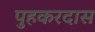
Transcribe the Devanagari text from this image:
पुहकरदास